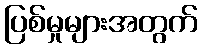
ပြစ်မှုများအတွက်